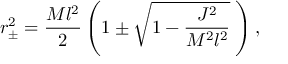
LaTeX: r _ { \pm } ^ { 2 } = \frac { M l ^ { 2 } } { 2 } \left( 1 \pm \sqrt { 1 - \frac { J ^ { 2 } } { M ^ { 2 } l ^ { 2 } } } \; \right) ,